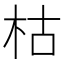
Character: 枯